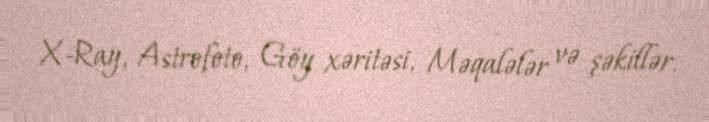
X-Ray, Astrofoto, Göy xəritəsi, Məqalələr və şəkillər.